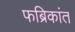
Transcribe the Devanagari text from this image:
फब्रिकांत